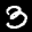
Label: 3